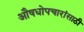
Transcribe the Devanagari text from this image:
औषधोपचारांसाठी